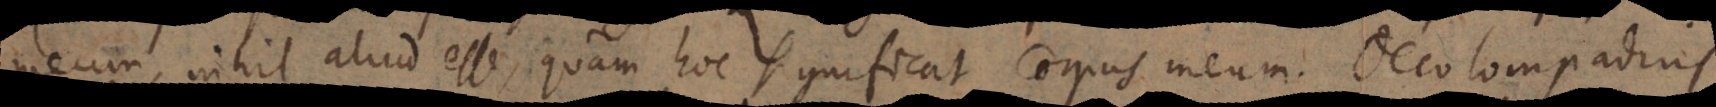
meum, nihil aliud esse, quam hoc significat corpus meum. Oecolomp